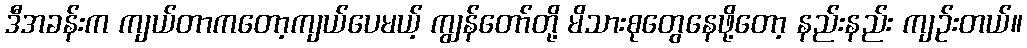
ဒီအခန်းက ကျယ်တာကတော့ကျယ်ပေမယ့် ကျွန်တော်တို့ မိသားစုတွေနေဖို့တော့ နည်းနည်း ကျဉ်းတယ်။